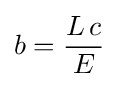
b={\frac {L\,c}{E}}